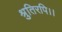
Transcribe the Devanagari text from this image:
श्रुतिरपि।।